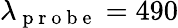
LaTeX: \lambda_{\mathrm{~p~r~o~b~e~}}=490